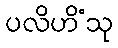
ပလိဟိံသု